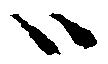
ハ